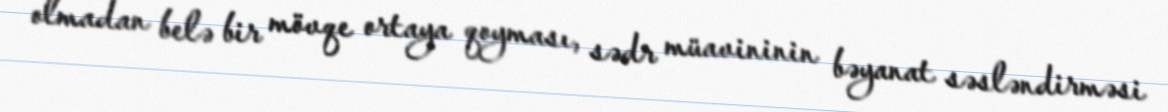
olmadan belə bir mövqe ortaya qoyması, sədr müavininin bəyanat səsləndirməsi